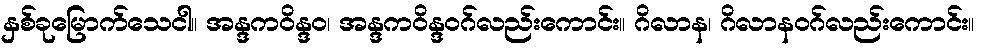
နှစ်ခုမြောက်သေငါ။ အန္ဒကဝိန္ဒဝ၊ အန္ဒကဝိန္ဒဝဂ်လည်းကောင်း။ ဂိလာန၊ ဂိလာနဝဂ်လည်းကောင်း။